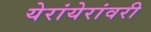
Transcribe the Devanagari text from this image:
येरांयेरांवरी